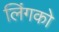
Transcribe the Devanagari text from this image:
लिंगको